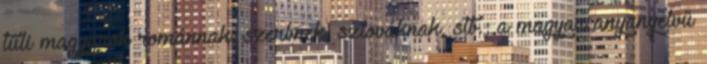
túli magyarok románnak, szerbnek, szlováknak, stb.; a magyar anyanyelvű